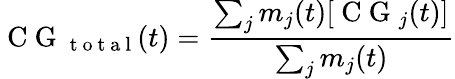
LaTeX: \mathrm{~C~G~}_{\mathrm{~t~o~t~a~l~}}(t)=\frac{\sum_{j}m_{j}(t)[\mathrm{~C~G~}_{j}(t)]}{\sum_{j}m_{j}(t)}